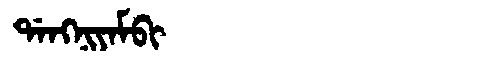
Manchu: ᡩᠠᠩᠨᡳᠶᠠᠮᠪᡳ
Romanization: DANGNIYAMBI